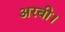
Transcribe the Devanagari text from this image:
अरबी।